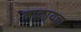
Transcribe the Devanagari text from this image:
माळायचा